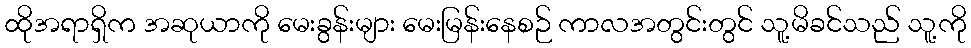
ထိုအရာရှိက အဆုယာကို မေးခွန်းများ မေးမြန်းနေစဉ် ကာလအတွင်းတွင် သူ့မိခင်သည် သူ့ကို